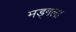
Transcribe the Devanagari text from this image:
मड्गला